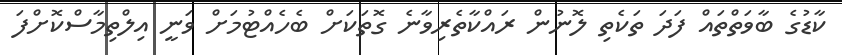
ކާޑުގެ ބާވަތްތައް ފަދަ ތަކެތި ލޮނުން ރައްކާތެރިވާނެ ގޮތަކަށް ބެހެއްޓުމަށް ވަނީ އިލްތިމާސްކޮށްފަ